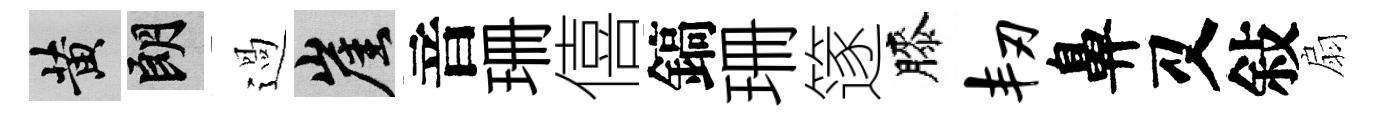
黄朗過崖音珊僖鎬珊篴膝韧鼻又敍扇